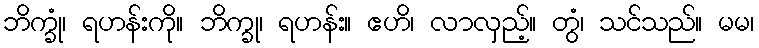
ဘိက္ခုံ၊ ရဟန်းကို။ ဘိက္ခု၊ ရဟန်း။ ဧဟိ၊ လာလှည့်။ တွံ၊ သင်သည်။ မမ၊